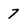
Character: 7